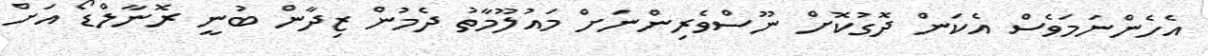
އެހެންނަމަވެސް އެކަން ދޮގުކޮށް ނޫސްވެރިންނަށް މައުލޫމާތު ދެމުން ޒިދާން ބުނީ ރޮނާލްޑޯ އަށް